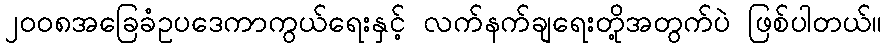
၂၀၀၈အခြေခံဥပဒေကာကွယ်ရေးနှင့် လက်နက်ချရေးတို့အတွက်ပဲ ဖြစ်ပါတယ်။